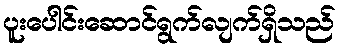
ပူးပေါင်းဆောင်ရွက်လျက်ရှိသည်